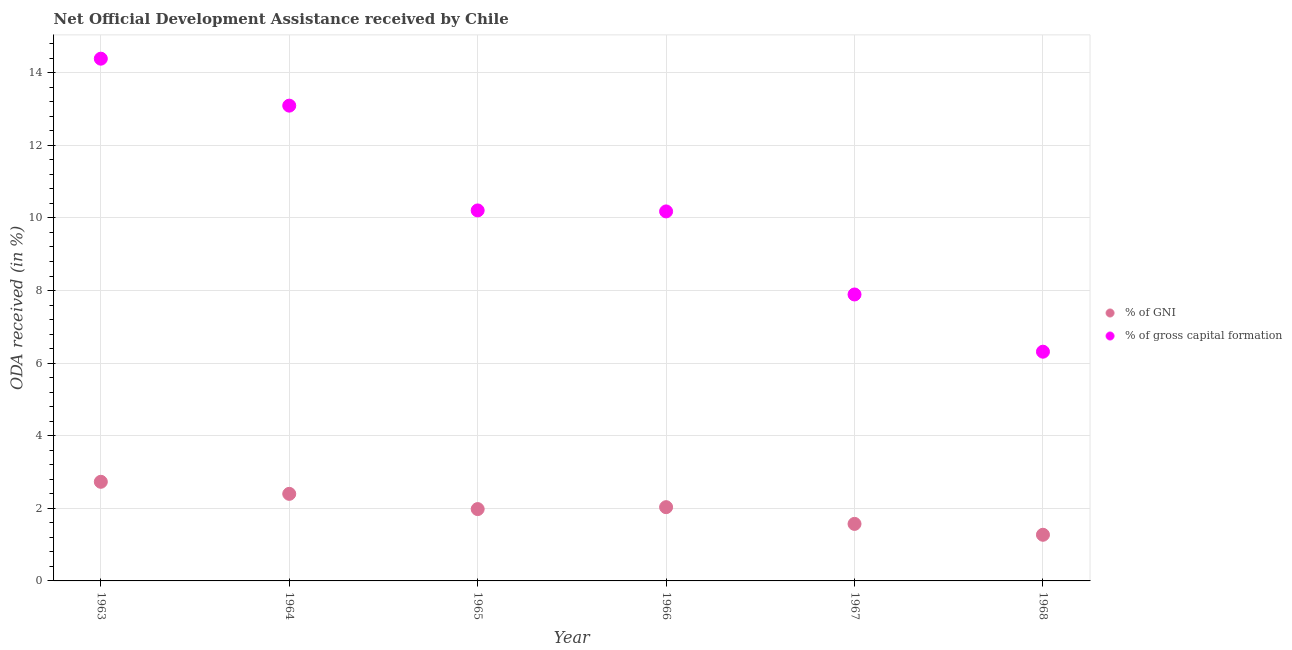
| Year | % of GNI | % of gross capital formation |
 | --- | --- | --- |
 | 1963 | 2.73 | 14.4 |
 | 1964 | 2.4 | 13.1 |
 | 1965 | 1.98 | 10.2 |
 | 1966 | 2.03 | 10.2 |
 | 1967 | 1.57 | 7.89 |
 | 1968 | 1.27 | 6.32 |